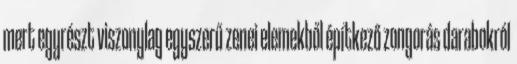
mert egyrészt viszonylag egyszerű zenei elemekből építkező zongorás darabokról